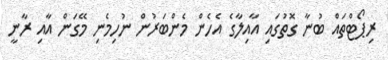
ރިޕޯޓްތައް ބުނާ ގޮތުގައި އާއިލާގެ އެހެން މެންބަރުން ނުހިމެނި މޭގަން އާއި ރާނީ